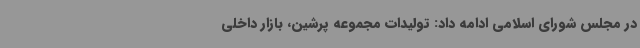
در مجلس شورای اسلامی ادامه داد: تولیدات مجموعه پرشین، بازار داخلی